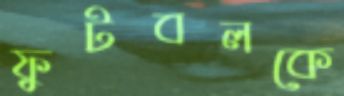
ফুটবলকে